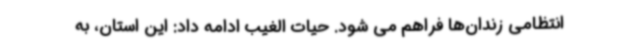
انتظامی زندان‌ها فراهم می شود. حیات الغیب ادامه داد: این استان، به